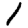
Digit: 1